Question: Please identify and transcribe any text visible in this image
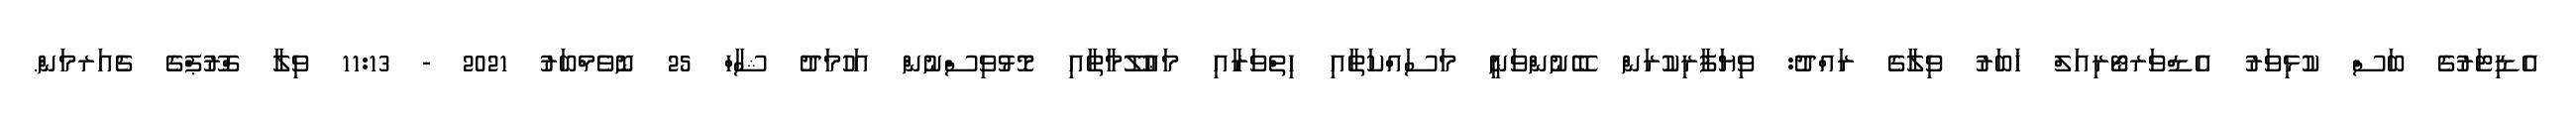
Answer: އެޑިޓަރުގެ ބަސް ކުޅިވަރު އެޑްވަރޓޯރިއަލް ޚަބަރު ވިލާގެ ރައްދު: ވިޔަފާރިކުރަން ބޭނުންވަނީ މަސައްކަތާއި ހިތްވަރާއި މަޢުލޫމާތާއި މޮޅުވިސްނުން އަހުމަދު ޝާހް 25 ނޮވެމްބަރު 2021 - 11:13 ވިލާ ގްރޫޕްގެ ޗެއަރމަން.